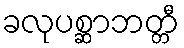
ခလုပစ္ဆာဘတ္တီ